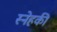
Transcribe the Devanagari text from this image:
स्नेहकी